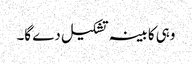
وہی کابینہ تشکیل دے گا۔